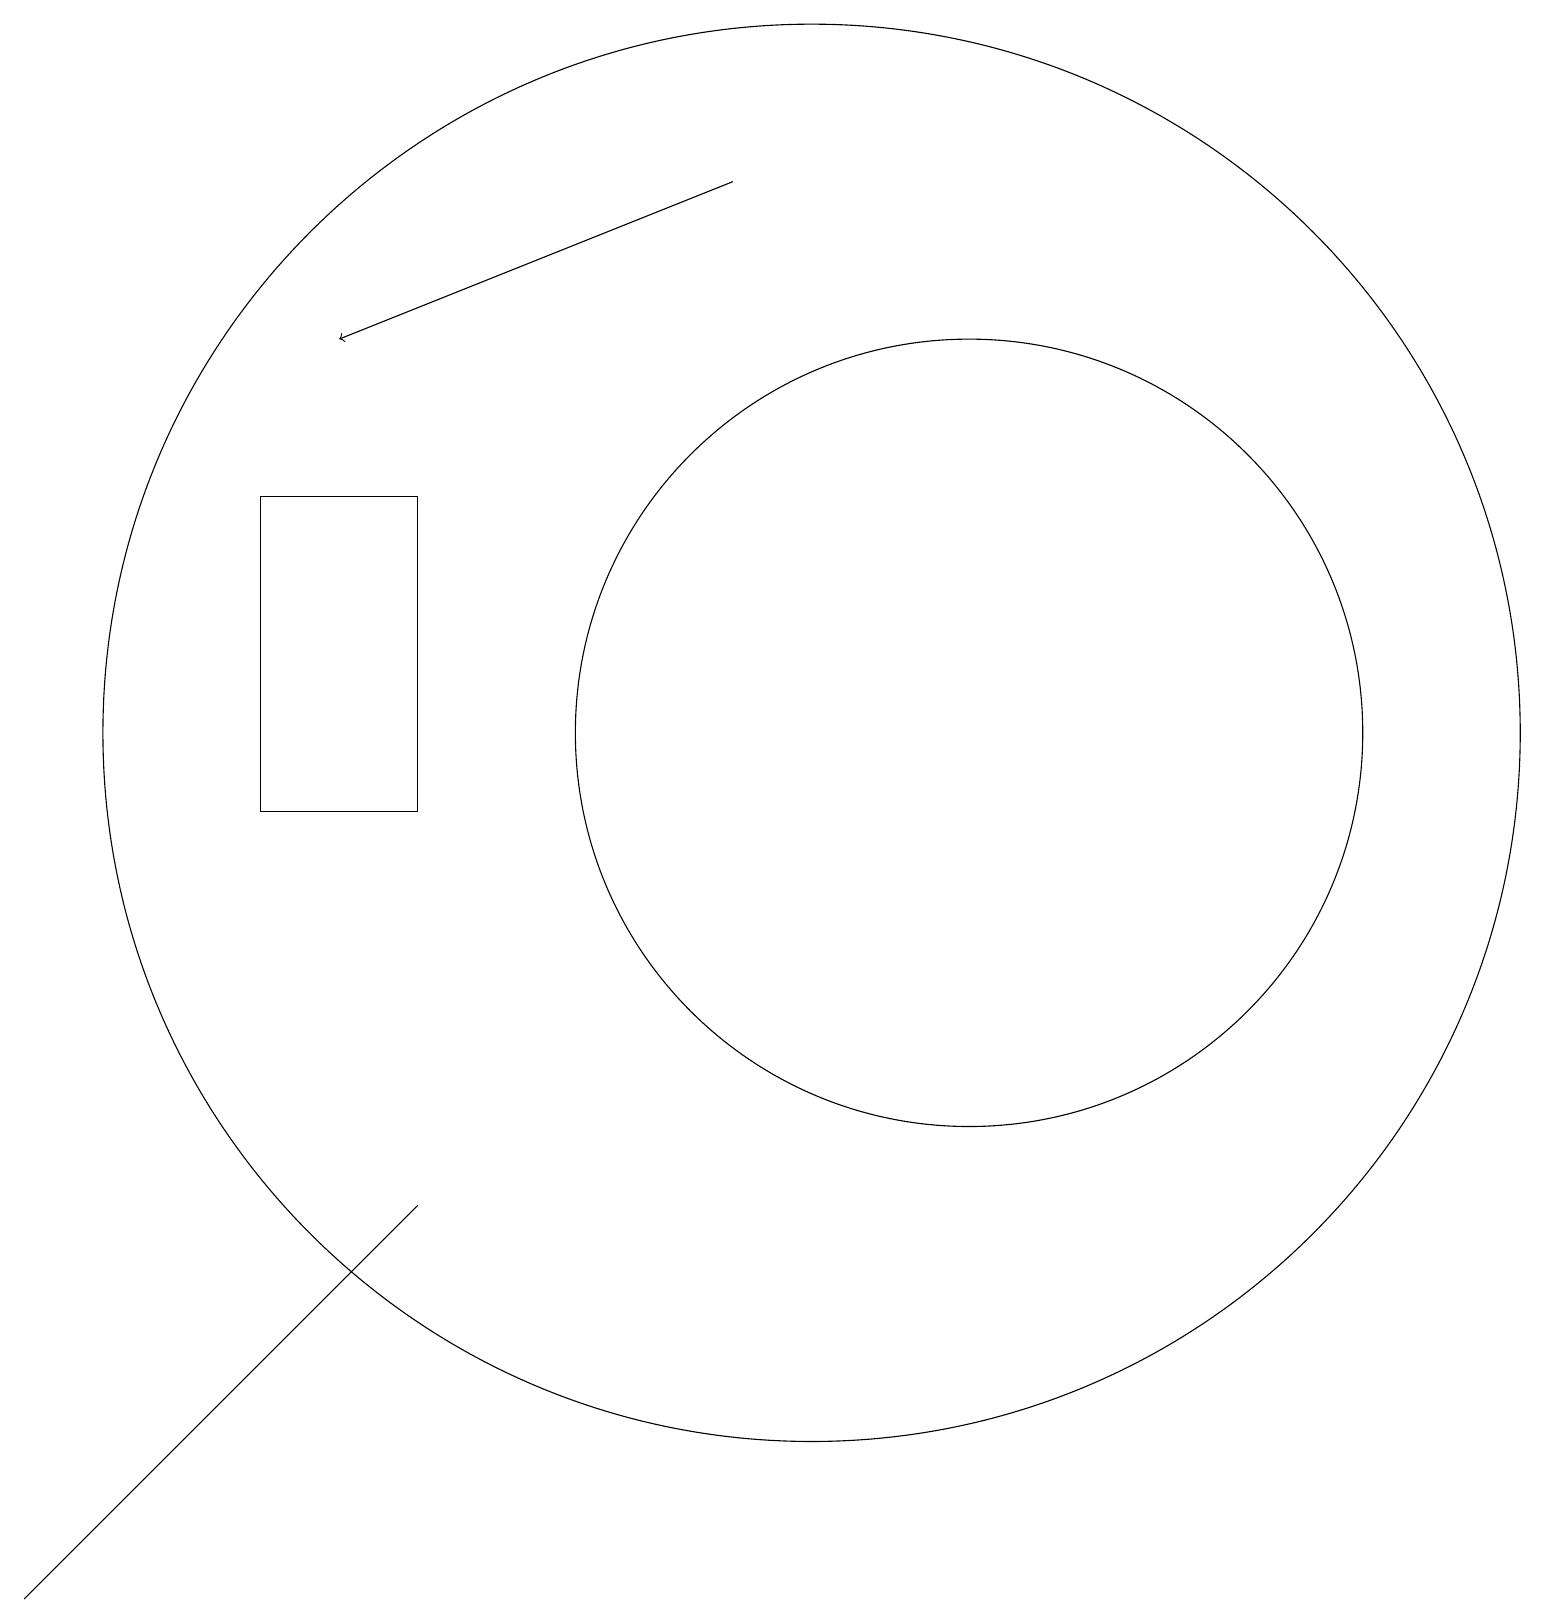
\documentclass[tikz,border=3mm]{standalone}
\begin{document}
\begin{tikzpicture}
\draw[->] (9,18) -- (4,16);
\draw (0,0) -- (0,0) -- (5,5) -- cycle;
\draw (10,11) circle (9);
\draw (12,11) circle (5);
\draw (3,14) rectangle (5,10);
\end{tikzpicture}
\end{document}